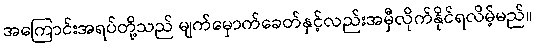
အကြောင်းအရပ်တို့သည် မျက်မှောက်ခေတ်နှင့်လည်းအမှီလိုက်နိုင်ရလိမ့်မည်။